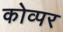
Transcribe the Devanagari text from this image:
कोव्पर